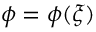
\phi = \phi ( \boldsymbol { \xi } )